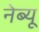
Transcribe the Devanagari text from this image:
नेब्यू